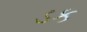
ડક